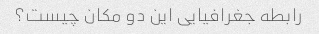
رابطه جغرافیایی این دو مکان چیست؟